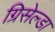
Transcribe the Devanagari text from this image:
ग्रिसेल्डा